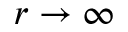
r \to \infty